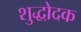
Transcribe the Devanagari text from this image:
शुद्धोदक